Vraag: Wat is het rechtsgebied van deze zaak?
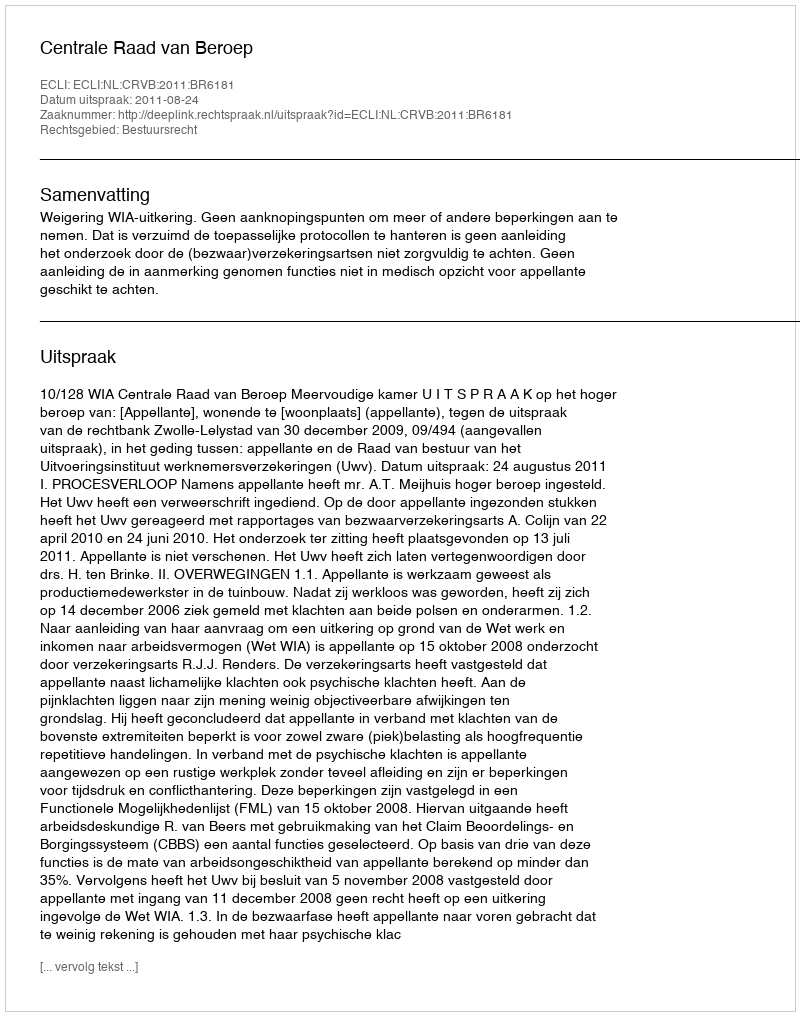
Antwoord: Bestuursrecht